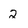
Character: 2